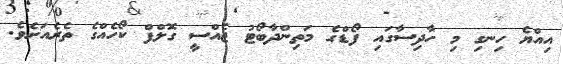
އިއްޔެ ހިނގި މި ހާދިސާގައި ފޯޑްގެ މަތިންދާބޯޓު ޖެއްސީ ގޮލްފް ކޯހެއްގެ ތެރެއަށެވެ.